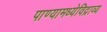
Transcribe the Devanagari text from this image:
पाण्यामध्येविद्राव्य